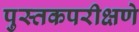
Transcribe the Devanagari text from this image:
पुस्तकपरीक्षणे